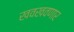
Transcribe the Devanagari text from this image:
खवखवणार